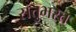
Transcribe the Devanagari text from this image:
सत्तुभस्त